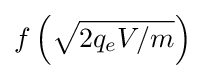
f\left({\sqrt {2q_{e}V/m}}\right)